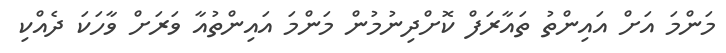
މަންމަ އަށް އައިންތު ތައާރަފް ކޮށްދިނުމުން މަންމަ އައިންތުއާ ވަރަށް ވާހަކަ ދެއްކި